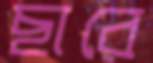
ছারে